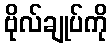
ဗိုလ်ချုပ်ကို